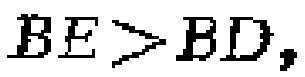
$BE>BD,$